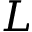
L